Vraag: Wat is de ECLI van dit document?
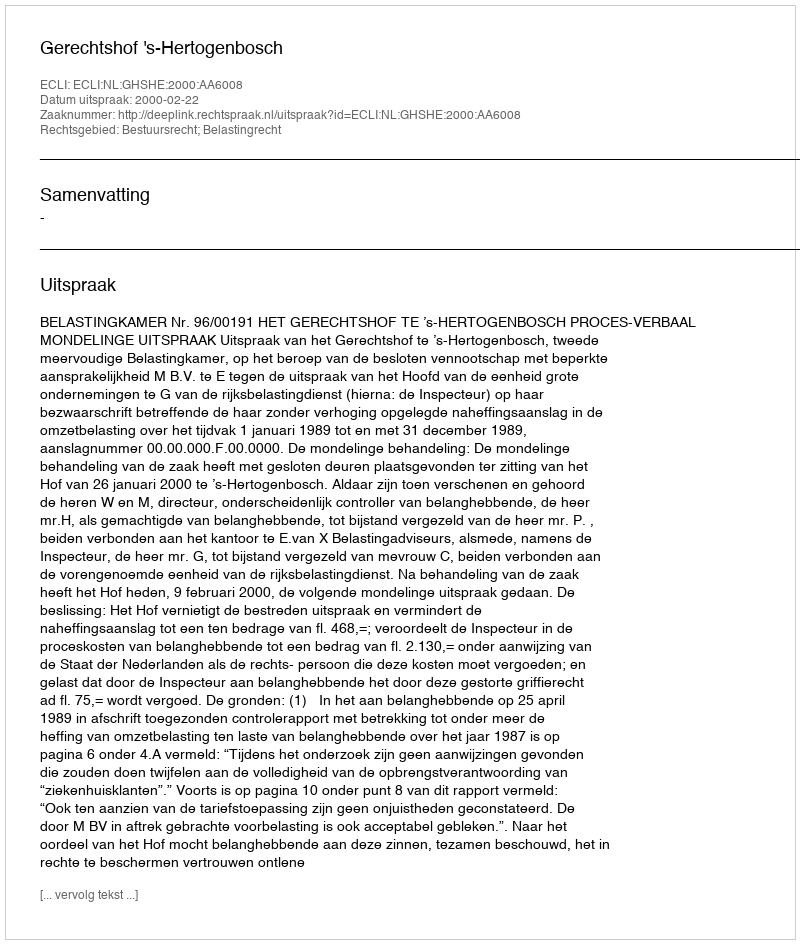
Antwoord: ECLI:NL:GHSHE:2000:AA6008